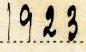
1923